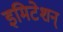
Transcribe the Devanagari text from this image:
इमिटेशन्